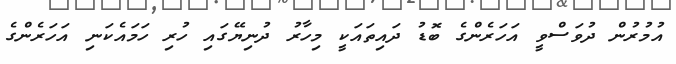
އުމުރުން ދުވަސްވީ އަހަރެންގެ ބޮޑު ދައިތައަކީ މިހާރު ދުނިޔޭގައި ހުރި ހަމައެކަނި އަހަރެންގެ